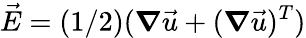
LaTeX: \vec{E}=(1/2)(\boldsymbol{\nabla}\vec{u}+(\boldsymbol{\nabla}\vec{u})^{T})